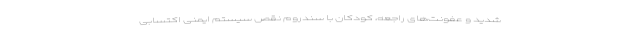
شدید و عفونت‌های راجعه، کودکان با سندروم نقص سیستم ایمنی اکتسابی